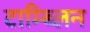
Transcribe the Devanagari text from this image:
टाम्ब्लिन